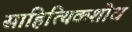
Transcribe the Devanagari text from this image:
साहित्यिकशोध